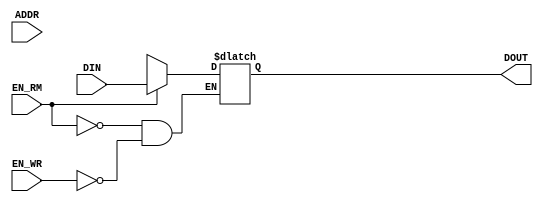
`timescale 1ns/1ns

module mem_x(
	input[31:0] ADDR,
	input[31:0] DIN, //write data
	input EN_WR,
	input EN_RM,
	output reg [31:0] DOUT
);

reg [31:0] memory [0:31];

always @* begin
	if (EN_WR == 1) begin
		memory[ADDR] = DIN;
		DOUT = 32'bx;
	end

	if (EN_RM == 1) begin
		DOUT = memory[ADDR];
	end
end

endmodule